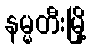
နမ္မတီးမြို့